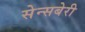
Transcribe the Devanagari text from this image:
सेन्सबेरी